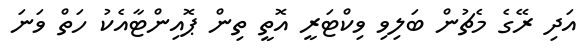
އަދި ރޭގެ މެޗުން ބަލިވި ވިކްޓަރީ އޮތީ ތިން ޕޮއިންޓާއެކު ހަތް ވަނަ